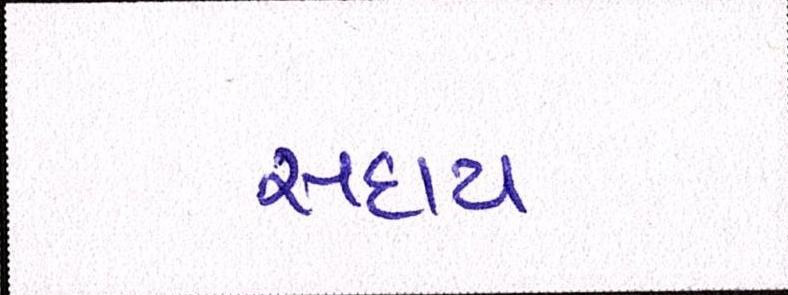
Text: સદાય